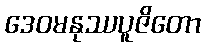
ဒေဝမနုဿပူဇိတော